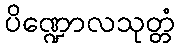
ပိဏ္ဍောလသုတ္တံ